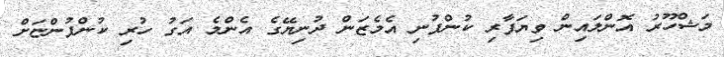
މަޝްހޫރު އޮންލައިން ވިޔަފާރި ކުންފުނި އެމެޒަން ދުނިޔޭގެ އެންމެ އަގު ހުރި ކުންފުންޏަށް